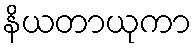
နိယတာယုကာ